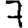
Digit: 7